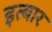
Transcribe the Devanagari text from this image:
इत्बार